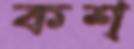
কশ্‌